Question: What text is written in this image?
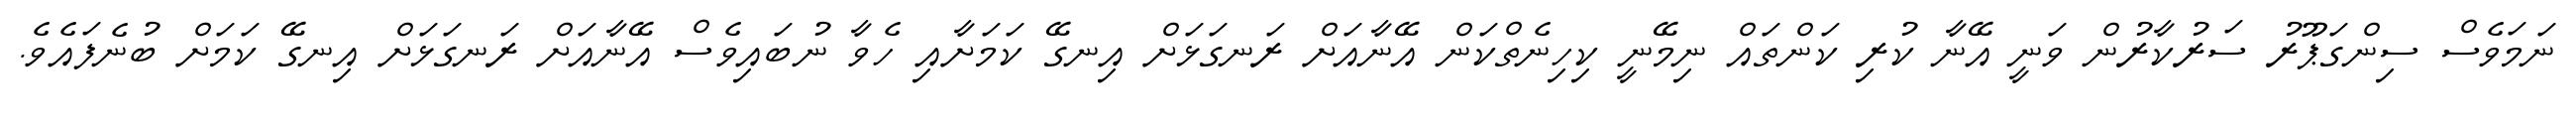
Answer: ނަމަވެސް ސިންގަޕޫރު ސަރުކާރުން ވަނީ އޭނާ ކުރި ކަންތައް ނިމޭނީ ކިހިނެތްކަން އޭނާއަށް ރަނގަޅަށް އިނގޭ ކަމަށާއި ހެވާ ނުބައިވެސް އޭނާއަށް ރަނގަޅަށް އިނގޭ ކަމަށް ބުނެފައެވެ.